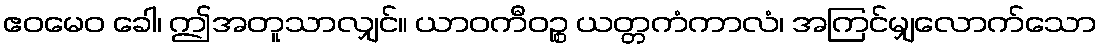
ဧဝမေဝ ခေါ၊ ဤအတူသာလျှင်။ ယာဝကီဝဉ္စ ယတ္တကံကာလံ၊ အကြင်မျှလောက်သော